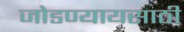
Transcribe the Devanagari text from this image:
जोडण्यायसाठी